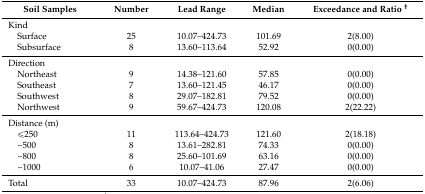
<table><thead><tr><td><b>Soil Samples</b></td><td><b>Number</b></td><td><b>Lead Range</b></td><td><b>Median</b></td><td><b>Exceedance and Ratio <sup>†</sup></b></td></tr></thead><tbody><tr><td>Kind</td><td>[EMPTY_CELL]</td><td>[EMPTY_CELL]</td><td>[EMPTY_CELL]</td><td>[EMPTY_CELL]</td></tr><tr><td> Surface</td><td>25</td><td>10.07–424.73</td><td>101.69</td><td>2(8.00)</td></tr><tr><td> Subsurface</td><td>8</td><td>13.60–113.64</td><td>52.92</td><td>0(0.00)</td></tr><tr><td>Direction</td><td>[EMPTY_CELL]</td><td>[EMPTY_CELL]</td><td>[EMPTY_CELL]</td><td>[EMPTY_CELL]</td></tr><tr><td> Northeast</td><td>9</td><td>14.38–121.60</td><td>57.85</td><td>0(0.00)</td></tr><tr><td> Southeast</td><td>7</td><td>13.60–121.45</td><td>46.17</td><td>0(0.00)</td></tr><tr><td> Southwest</td><td>8</td><td>29.07–182.81</td><td>79.52</td><td>0(0.00)</td></tr><tr><td> Northwest</td><td>9</td><td>59.67–424.73</td><td>120.08</td><td>2(22.22)</td></tr><tr><td>Distance (m)</td><td>[EMPTY_CELL]</td><td>[EMPTY_CELL]</td><td>[EMPTY_CELL]</td><td>[EMPTY_CELL]</td></tr><tr><td> ≤250</td><td>11</td><td>113.64–424.73</td><td>121.60</td><td>2(18.18)</td></tr><tr><td> ~500</td><td>8</td><td>13.61–282.81</td><td>74.33</td><td>0(0.00)</td></tr><tr><td> ~800</td><td>8</td><td>25.60–101.69</td><td>63.16</td><td>0(0.00)</td></tr><tr><td> ~1000</td><td>6</td><td>10.07–41.06</td><td>27.47</td><td>0(0.00)</td></tr><tr><td>Total</td><td>33</td><td>10.07–424.73</td><td>87.96</td><td>2(6.06)</td></tr></tbody></table>